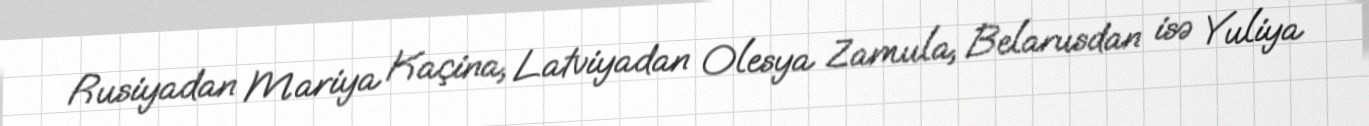
Rusiyadan Mariya Kaçina, Latviyadan Olesya Zamula, Belarusdan isə Yuliya